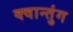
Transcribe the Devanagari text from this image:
क्वान्तुंग